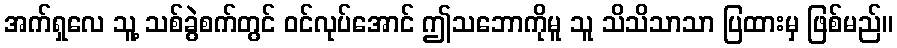
အက်ရှလေ သူ့ သစ်ခွဲစက်တွင် ဝင်လုပ်အောင် ဤသဘောကိုမူ သူ သိသိသာသာ ပြထားမှ ဖြစ်မည်။